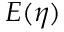
E ( \eta )